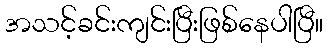
အသင့်ခင်းကျင်းပြီးဖြစ်နေပါပြီ။